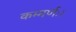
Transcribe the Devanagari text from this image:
कम्मर्णः।